Problem: 8 + 22 = ?
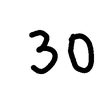
Handwritten answer: 30